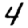
Digit: 4